Enquiry on enteric fever in India - Number 32
Disease focus: Fever
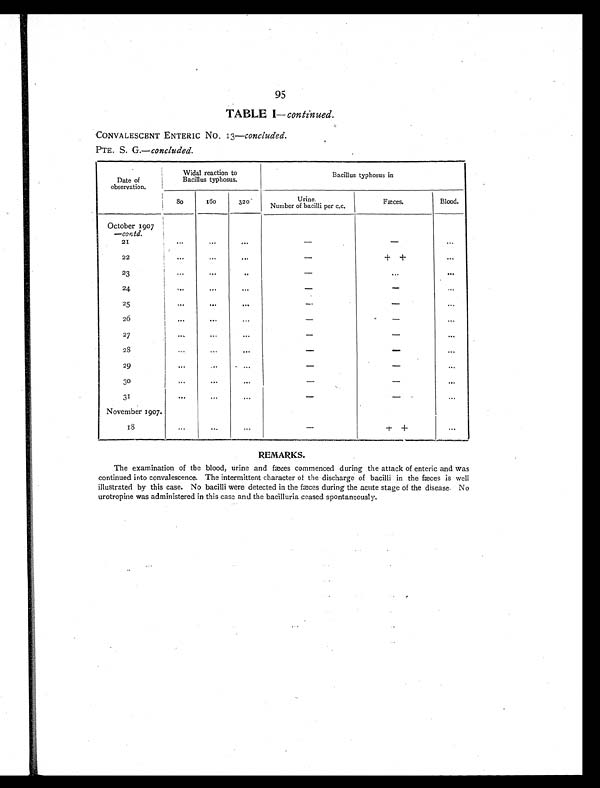
95
TABLE I— continued.
CONVALESCENT ENTERIC NO.13— concluded.
PTE. S. G.— concluded.
Date of
observation.
Widal reaction to
Bacillus typhosus.
Bacillus typhosus in
80
160
320
Urine
Number of bacilli per c.c.
Fæces.
Blood.
October 1907
—contd.
21
...
...
...
-
-
...
22
...
...
...
-
+ +
...
2 3
. . .
... ...
-
... ...
24
...
...
...
-
-
...
25
... ... ...
-
-
...
2 6
... ... ...
-
-
...
27
... ... ...
-
-
...
23
...
... ...
-
-
...
29
...
...
...
-
-
...
30
...
...
...
-
-
...
31
... ... ...
-
-
...
November 1907.
1 8
...
. . .
...
-
+ +
...
REMARKS.
The examination of the blood, urine and fæces commenced during the attack of enteric and was
continued into convalescence. The intermittent character of the discharge of bacilli in the fæces is well
illustrated by this case. No bacilli were detected in the fæces during the acute stage of the disease. No
urotropine was administered in this case and the bacilluria ceased spontaneously.